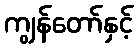
ကျွန်တော်နှင့်